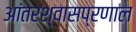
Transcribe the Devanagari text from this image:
आंतरश्वासप्रणाल